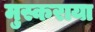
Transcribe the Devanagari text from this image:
मुस्कराया